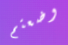
وضعتم